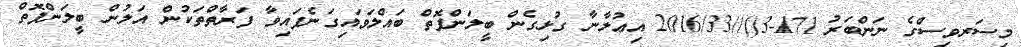
މިސަރވިސްގެ ނަންބަރު 171-3()//2016/33 އިޢުލާނާ ގުޅިގެން ބީލަންފޮތް ބައްލަވައިގަނެފައިވާ ފަރާތްތަކުން އަލުން ބީލަންފޮތް